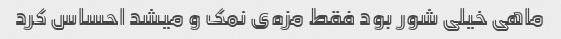
ماهی خیلی شور بود فقط مزه‌ی نمک و میشد احساس کرد